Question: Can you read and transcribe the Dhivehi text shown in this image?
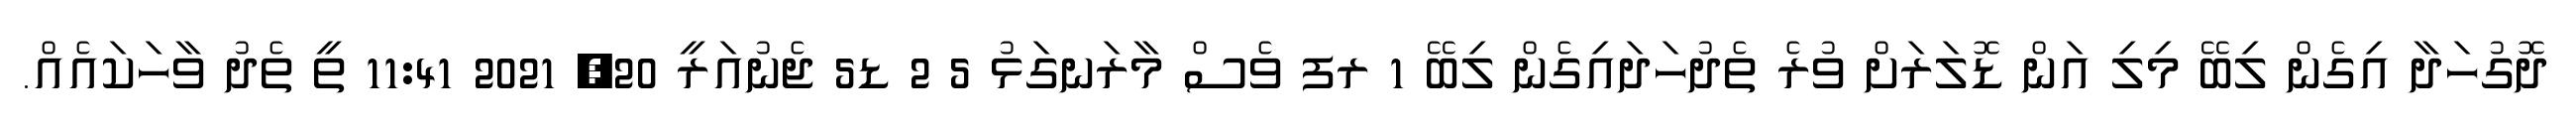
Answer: ދޮގުހަދާ އިގެން ލިބޭ މިލި އަން ޑޮލަރަށް ވުރެ ތެދުހަދައިގެން ލިބޭ 1 ރފ ވެސް މާރަނގަޅު 5 2 ޑ5 ޖެނުއަރީ 20, 2021 11:41 ތީ ތެދު ވާހަކައެއް.